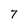
Character: 7